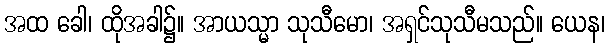
အထ ခေါ၊ ထိုအခါ၌။ အာယသ္မာ သုသီမော၊ အရှင်သုသီမသည်။ ယေန၊